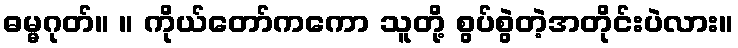
ဓမ္မဂုတ်။ ။ ကိုယ်တော်ကကော သူတို့ စွပ်စွဲတဲ့အတိုင်းပဲလား။